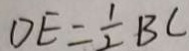
D E = \frac { 1 } { 2 } B C